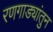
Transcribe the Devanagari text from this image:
रणगाड्यांतुन